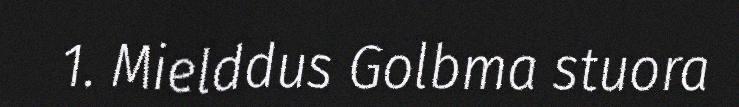
1. Mielddus Golbma stuora